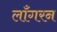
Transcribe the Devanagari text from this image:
लाँगरन